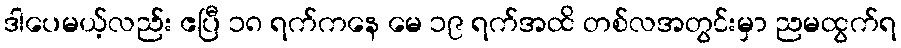
ဒါပေမယ့်လည်း ဧပြီ ၁၈ ရက်ကနေ မေ ၁၉ ရက်အထိ တစ်လအတွင်းမှာ ညမထွက်ရ